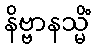
နိဗ္ဗာနသ္မိံ